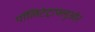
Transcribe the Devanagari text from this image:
पॉलिटेट्राफ्लुओर